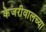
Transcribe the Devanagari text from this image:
केजरीवालच्या